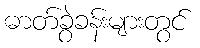
ဓာတ်ခွဲခန်းများတွင်